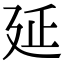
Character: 延